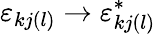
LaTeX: \varepsilon_{kj(l)}\to\varepsilon_{kj(l)}^{*}